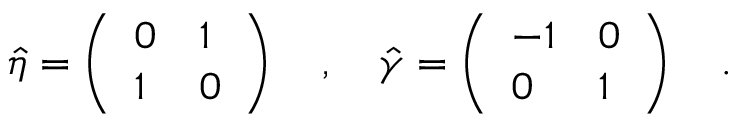
\hat { \eta } = \left( \begin{array} { l l } { { 0 } } & { { 1 } } \\ { { 1 } } & { { 0 } } \end{array} \right) \quad , \quad \hat { \gamma } = \left( \begin{array} { l l } { { - 1 } } & { { 0 } } \\ { { 0 } } & { { 1 } } \end{array} \right) \quad .